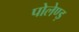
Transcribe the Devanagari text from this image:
पोलेण्ड़